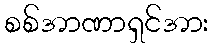
စစ်အာဏာရှင်အား